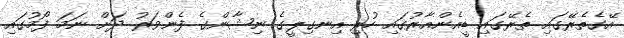
އޭގެތެރޭގައި ތެރޭގައި ޑީއެންއާރުގައި ހުރި އިނގިލީގެ ނިޝާންގެ ފެންވަރު ދަށް ނަމަ ފޯމުގައި